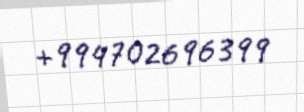
+994702696399